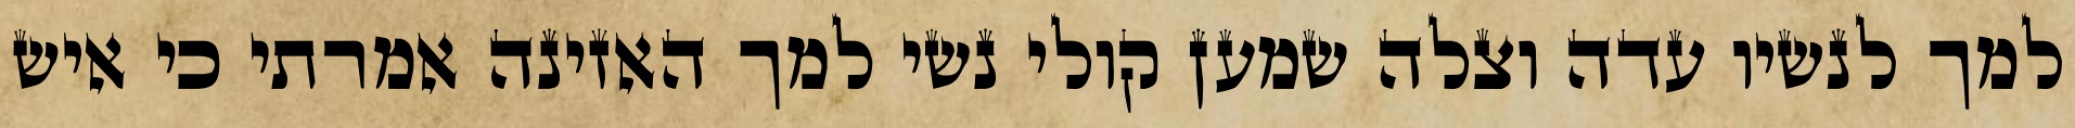
למך לנשיו עדה וצלה שמען קולי נשי למך האזינה אמרתי כי איש